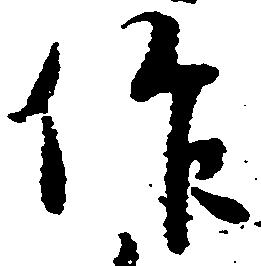
作